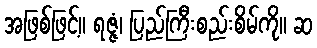
အဖြစ်ဖြင့်။ ရဇ္ဇံ၊ ပြည်ကြီးစည်းစိမ်ကို။ ဆ